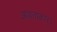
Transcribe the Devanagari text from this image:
आयताकार।